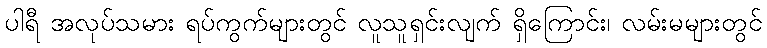
ပါရီ အလုပ်သမား ရပ်ကွက်များတွင် လူသူရှင်းလျက် ရှိကြောင်း၊ လမ်းမများတွင်